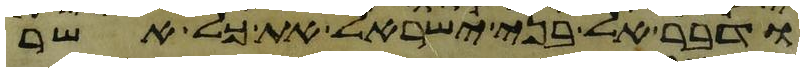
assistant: ודבר אל בני ישראל את כל אשר